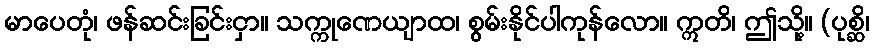
မာပေတုံ၊ ဖန်ဆင်းခြင်းငှာ။ သက္ကုဏေယျာထ၊ စွမ်းနိုင်ပါကုန်လော။ ဣတိ၊ ဤသို့။ (ပုစ္ဆိ၊